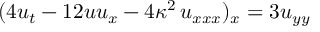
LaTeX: ( 4 u _ { t } - 1 2 u u _ { x } - 4 \kappa ^ { 2 } \, u _ { x x x } ) _ { x } = 3 u _ { y y }